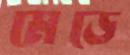
মেড়ে